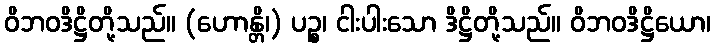
ဝိဘဝဒိဋ္ဌိတို့သည်။ (ဟောန္တိ၊) ပဉ္စ၊ ငါးပါးသော ဒိဋ္ဌိတို့သည်။ ဝိဘဝဒိဋ္ဌိယော၊